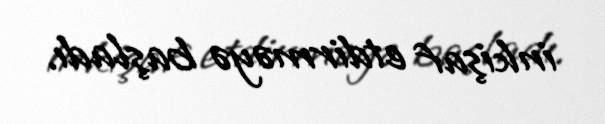
inkişaf etdirməyə başladı.